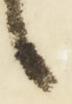
候